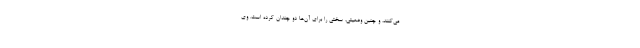
می‌کنند، و چنین وضعیتی، سختی را برای آن‌ها دو چندان کرده است. وی